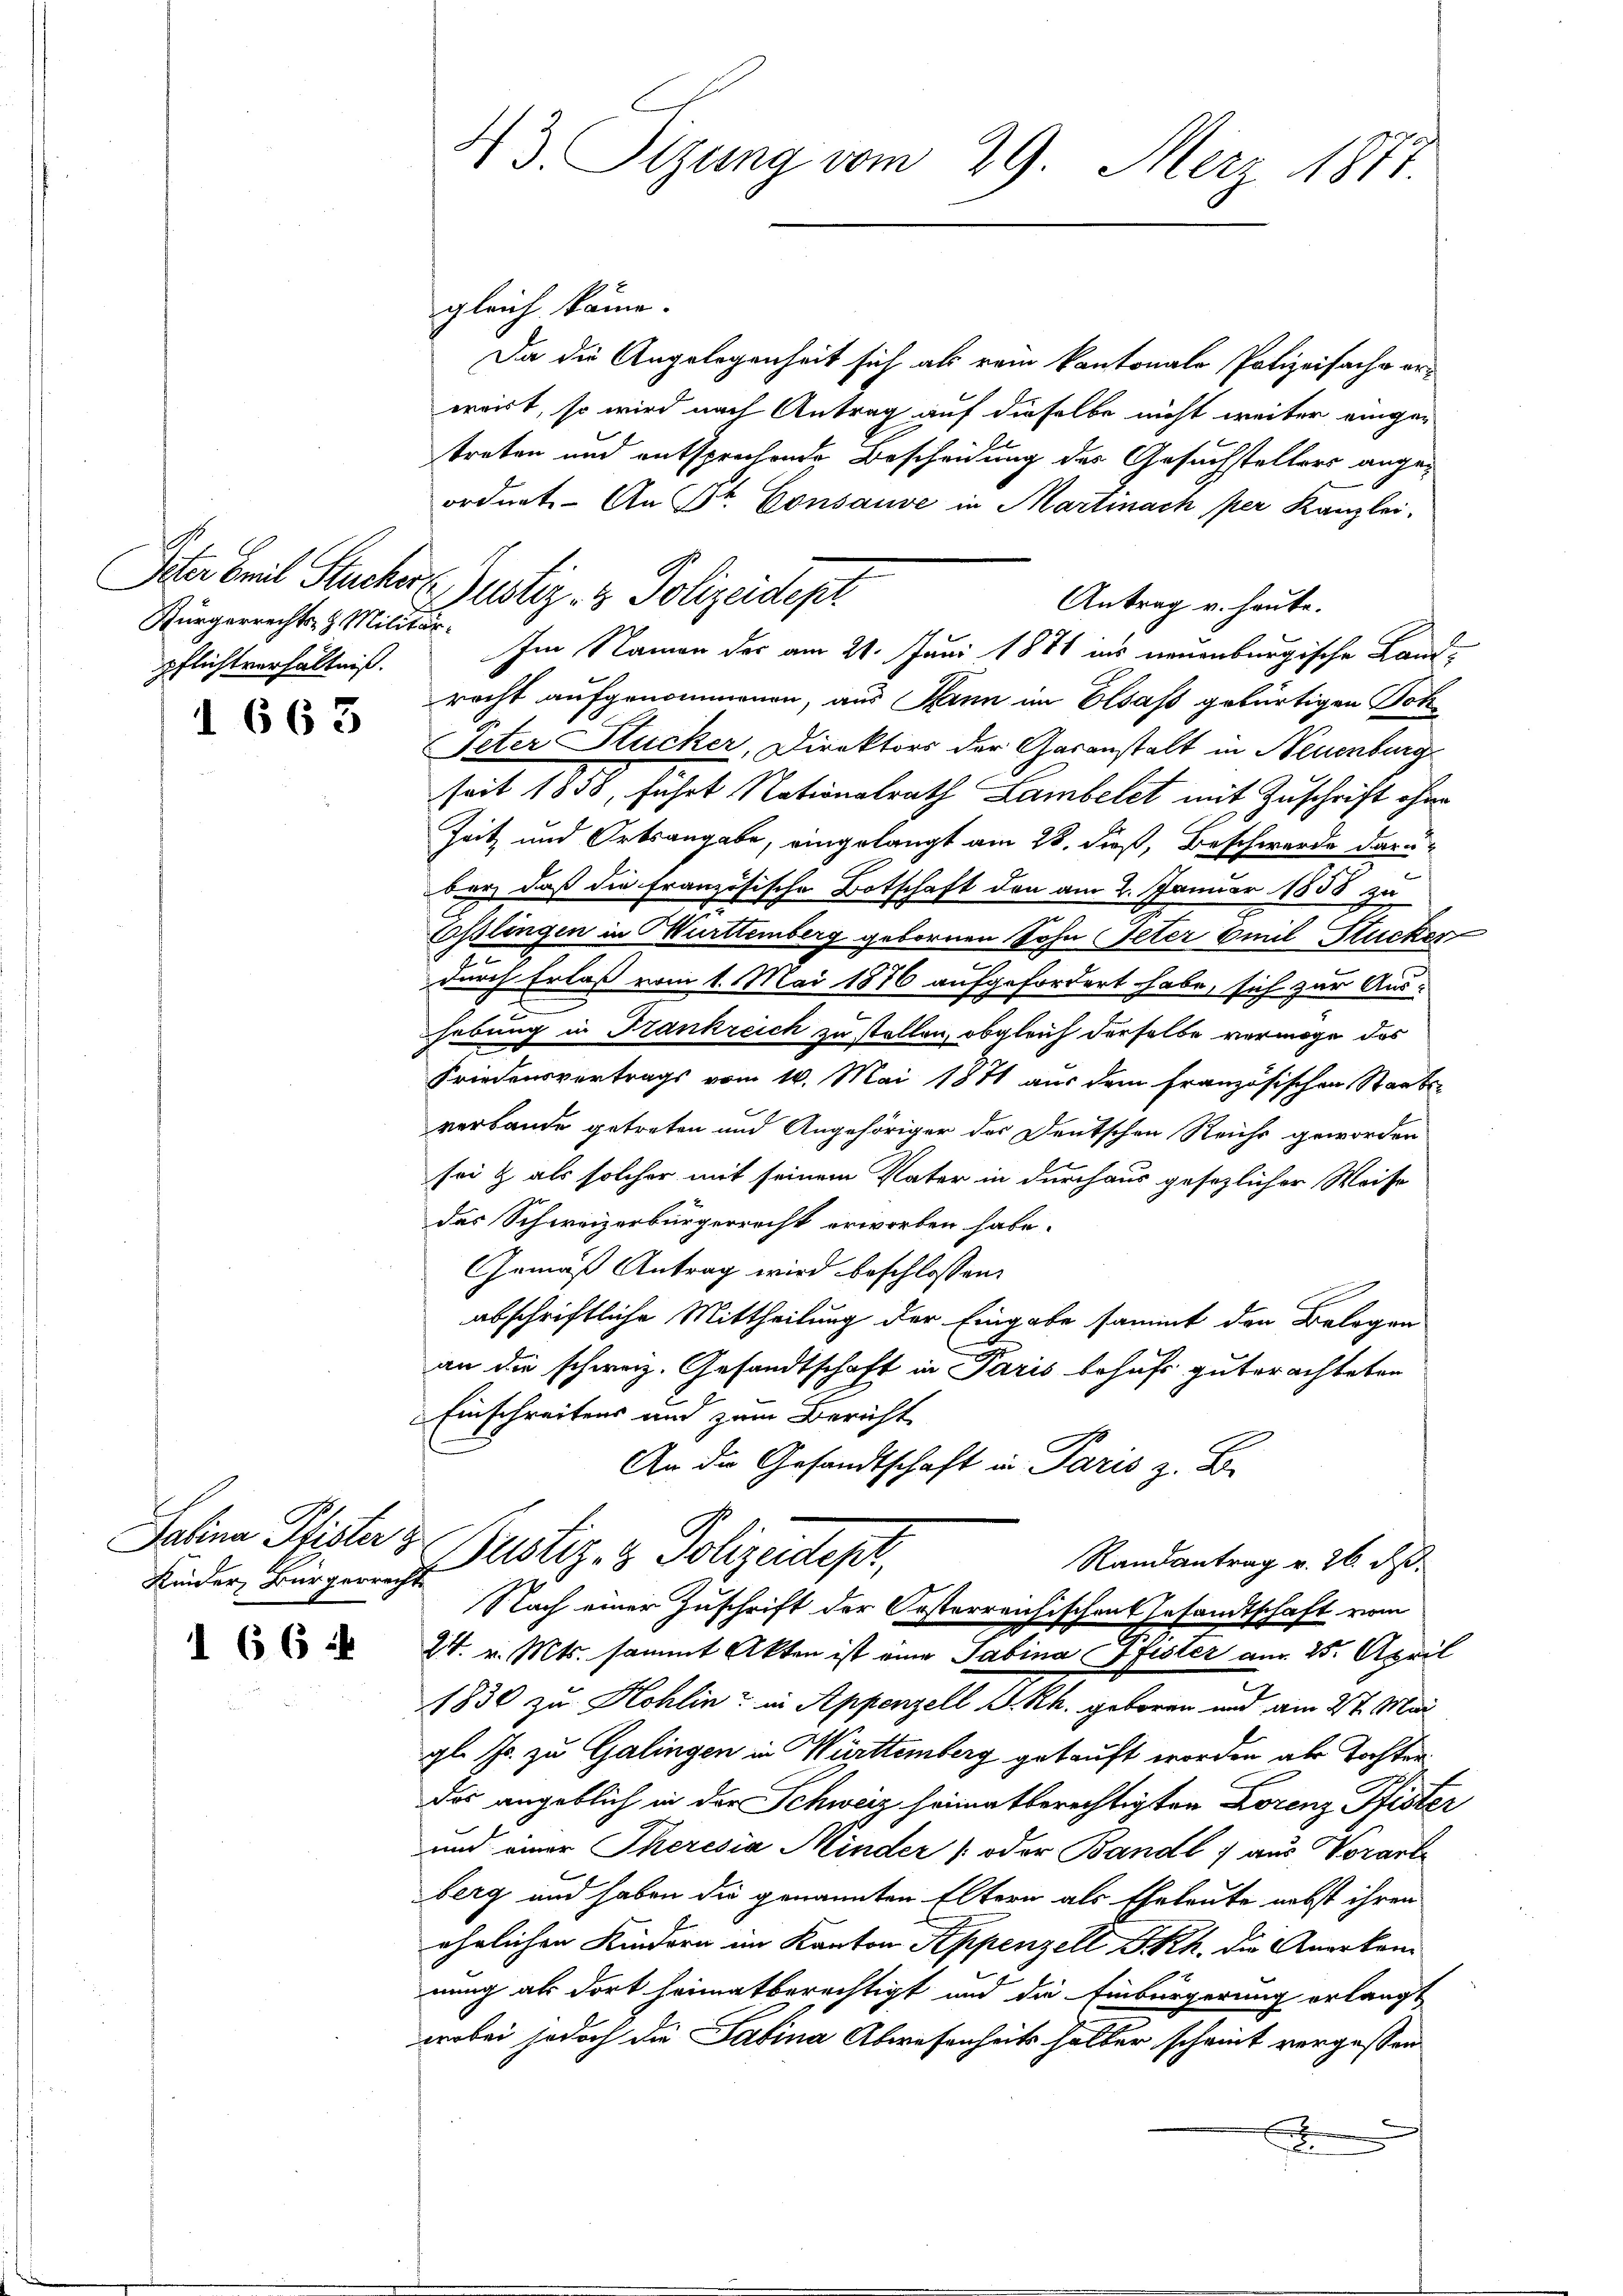
Bürgerrechts- & Militärpflichtverhältniß.

d 663

Salina Pfister z
Kinder, Bürgerrecht

66 f

gleich käme.
Da die Angelegenheit sich als vom kantonale Polizeifache erwert, so wird nach Antrag auf dieselbe nicht weiter eingen
treten und entsprechende Bescheidung des Gesuchstellers angeordnet. - An St. Consause in Martinach per Kanzlei-
Antrag u. heute.
Im Namen der am 21. Juni 1871 ins neuenburgische Land-
recht aufgenommenen, aus Mann im Elsass gebürtigen Joh
Peter Stucker, Direktors der Garanstalt in Neuenburg
seit 1858, führt Nationalrath Lambelet mit Zuschrift ihne
Zeit und Ortsangabe, eingelangt am 28. dieß, Beschwerde darubar, daß die französische Botschaft den am 2. Januar 1858 zu
Esslingen in Wurttemberg gebornen Sohn Peter Emil Hucker

durch Erlaß vom 1. Mai 1876 aufgefordert habe, sich zur Aushebung in Frankreich zu stellen, obgleich derselbe vermöge das
Friedensvertrags vom 16. Mai 1871 aus dem französischen Staats-
verbande getreten und Angehöriger der Deutschen Reichs geworden
sei & als solcher mit seinem Vater in durchaus gesezlicher Weise
das Schweizerbürgerrecht erworben habe.
Gemäß Antrag wird beschlossen:
abschriftliche Mittheilung der Eingabe sammt den Belegen
an die schweiz. Gesandtschaft in Paris behufs guterachteten
Einschreitens und zum Bericht
An die Gesandtschaft in Paris z. B.
Justiz- & Polizeidept,
Randantrag v. 26. d.
Nach einer Zuschrift der Oesterreichischen Gesandtschaft vom
24. v. Mts. sammt Akten ist eine Sabina Pfister am 25. April
1830 zu Hohlin in Appenzell A. Rh. geboren und am 2t. Mai
gl. Js. zu Galingen in Württemberg gekauft worden als Tochter
das angeblich in der Schweiz heimatberechtigten Lorenz Pfister
und einer Theresia Minder (oder Bandl ) aus Vorarti
berg und haben die genannten Eltern als Eheleute nebst ihren
ehrlichen Kindern im Kanton Appenzell I.Rh. die Anerken
nung als dort heimatberechtigt und die Einbürgerung erlangt
wobei jedoch die Sabina Abwesenheits halber scheint vergessen
x

43. Sizung vom 29. Merz 1871.

Siter berich Sacher Zustiz- & Polizeidept.